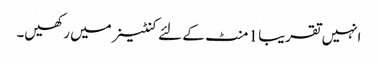
انہیں تقریبا 1 منٹ کے لئے کنٹینر میں رکھیں۔